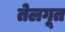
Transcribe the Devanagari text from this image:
तेलगूत